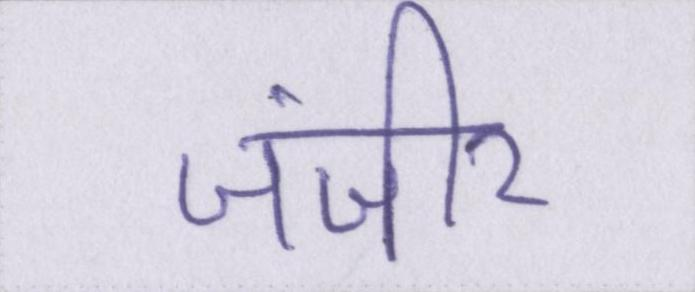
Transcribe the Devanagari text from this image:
जंजीर